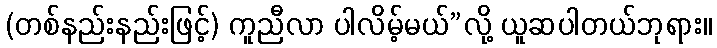
(တစ်နည်းနည်းဖြင့်) ကူညီလာ ပါလိမ့်မယ်”လို့ ယူဆပါတယ်ဘုရား။